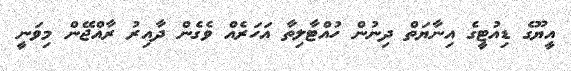
އީޔޫގެ ޑިއުޓީގެ އިނާޔަތް ދިނުން ހުއްޓާލިތާ އަހަރެއް ވެގެން ދާއިރު ރާއްޖޭން މިވަނީ